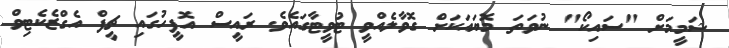
ޝަމީމަށް "ސައިކޯ" ނުވަތަ މޮޔައަކަށް ގޮވާލެއްވީ ޓުވީޓާގައެެވެ. ރައީސް އޮފީހުގައި ޗީފް އެގްޒެކެޓިވް